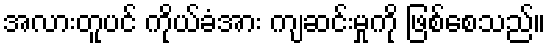
အလားတူပင် ကိုယ်ခံအား ကျဆင်းမှုကို ဖြစ်စေသည်။